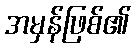
အမှန်ဖြစ်၏